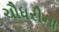
ચૌધરીના